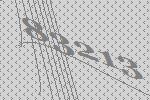
83213